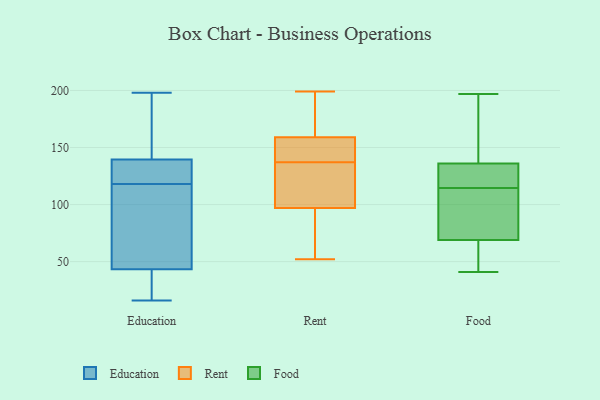
{"axis": {"x": "Page Views", "y": "Value"}, "legend": ["Education", "Food", "Rent"], "data": [{"x": "", "y": 140, "type": "Education"}, {"x": "", "y": 131, "type": "Education"}, {"x": "", "y": 166, "type": "Education"}, {"x": "", "y": 65, "type": "Education"}, {"x": "", "y": 53, "type": "Education"}, {"x": "", "y": 29, "type": "Education"}, {"x": "", "y": 24, "type": "Education"}, {"x": "", "y": 32, "type": "Education"}, {"x": "", "y": 40, "type": "Education"}, {"x": "", "y": 16, "type": "Education"}, {"x": "", "y": 138, "type": "Education"}, {"x": "", "y": 131, "type": "Education"}, {"x": "", "y": 159, "type": "Education"}, {"x": "", "y": 198, "type": "Education"}, {"x": "", "y": 76, "type": "Education"}, {"x": "", "y": 60, "type": "Education"}, {"x": "", "y": 137, "type": "Education"}, {"x": "", "y": 118, "type": "Education"}, {"x": "", "y": 175, "type": "Education"}, {"x": "", "y": 148, "type": "Rent"}, {"x": "", "y": 165, "type": "Rent"}, {"x": "", "y": 160, "type": "Rent"}, {"x": "", "y": 97, "type": "Rent"}, {"x": "", "y": 106, "type": "Rent"}, {"x": "", "y": 123, "type": "Rent"}, {"x": "", "y": 159, "type": "Rent"}, {"x": "", "y": 154, "type": "Rent"}, {"x": "", "y": 52, "type": "Rent"}, {"x": "", "y": 199, "type": "Rent"}, {"x": "", "y": 148, "type": "Rent"}, {"x": "", "y": 58, "type": "Rent"}, {"x": "", "y": 87, "type": "Rent"}, {"x": "", "y": 126, "type": "Rent"}, {"x": "", "y": 41, "type": "Food"}, {"x": "", "y": 163, "type": "Food"}, {"x": "", "y": 63, "type": "Food"}, {"x": "", "y": 108, "type": "Food"}, {"x": "", "y": 119, "type": "Food"}, {"x": "", "y": 135, "type": "Food"}, {"x": "", "y": 120, "type": "Food"}, {"x": "", "y": 136, "type": "Food"}, {"x": "", "y": 106, "type": "Food"}, {"x": "", "y": 149, "type": "Food"}, {"x": "", "y": 69, "type": "Food"}, {"x": "", "y": 58, "type": "Food"}, {"x": "", "y": 68, "type": "Food"}, {"x": "", "y": 197, "type": "Food"}, {"x": "", "y": 110, "type": "Food"}, {"x": "", "y": 195, "type": "Food"}, {"x": "", "y": 75, "type": "Food"}, {"x": "", "y": 127, "type": "Food"}]}